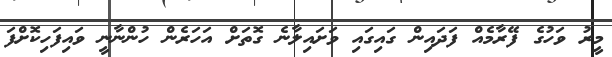
މީރު ވަހުގެ ފޭރާމެއް ފަދައިން ގައިގައި ވަށައިލާނެ ގޮތަށް އަހަރެން ހުންނާނީ ވައިފަހިކޮށްފަ